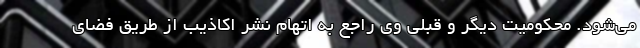
می‌شود. محکومیت دیگر و قبلی وی راجع به اتهام نشر اکاذیب از طریق فضای